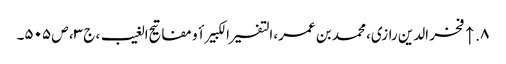
۸. ↑ فخر الدین رازی، محمد بن عمر، التفسیر الکبیر أو مفاتیح الغیب، ج ۳، ص ۵۰۵۔